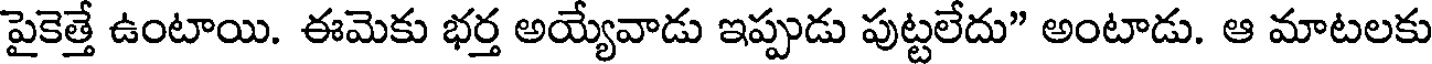
పైకెత్తే ఉంటాయి. ఈమెకు భర్త అయ్యేవాడు ఇప్పుడు పుట్టలేదు" అంటాడు. ఆ మాటలకు